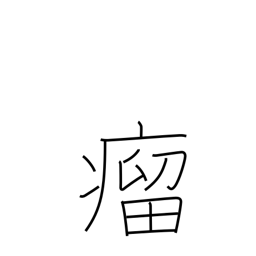
Meaning: lump